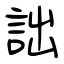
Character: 詘